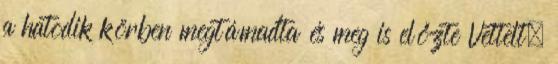
a hatodik körben megtámadta és meg is előzte Vettelt,